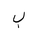
Letter: _ba